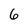
Character: 6